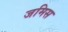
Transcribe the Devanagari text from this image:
जमिस